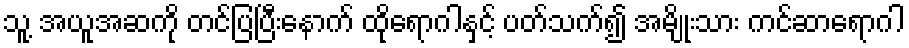
သူ့ အယူအဆကို တင်ပြပြီးနောက် ထိုရောဂါနှင့် ပတ်သက်၍ အမျိုးသား ကင်ဆာရောဂါ